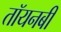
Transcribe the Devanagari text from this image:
तॉयनबी